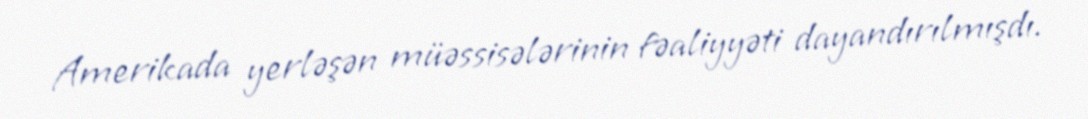
Amerikada yerləşən müəssisələrinin fəaliyyəti dayandırılmışdı.